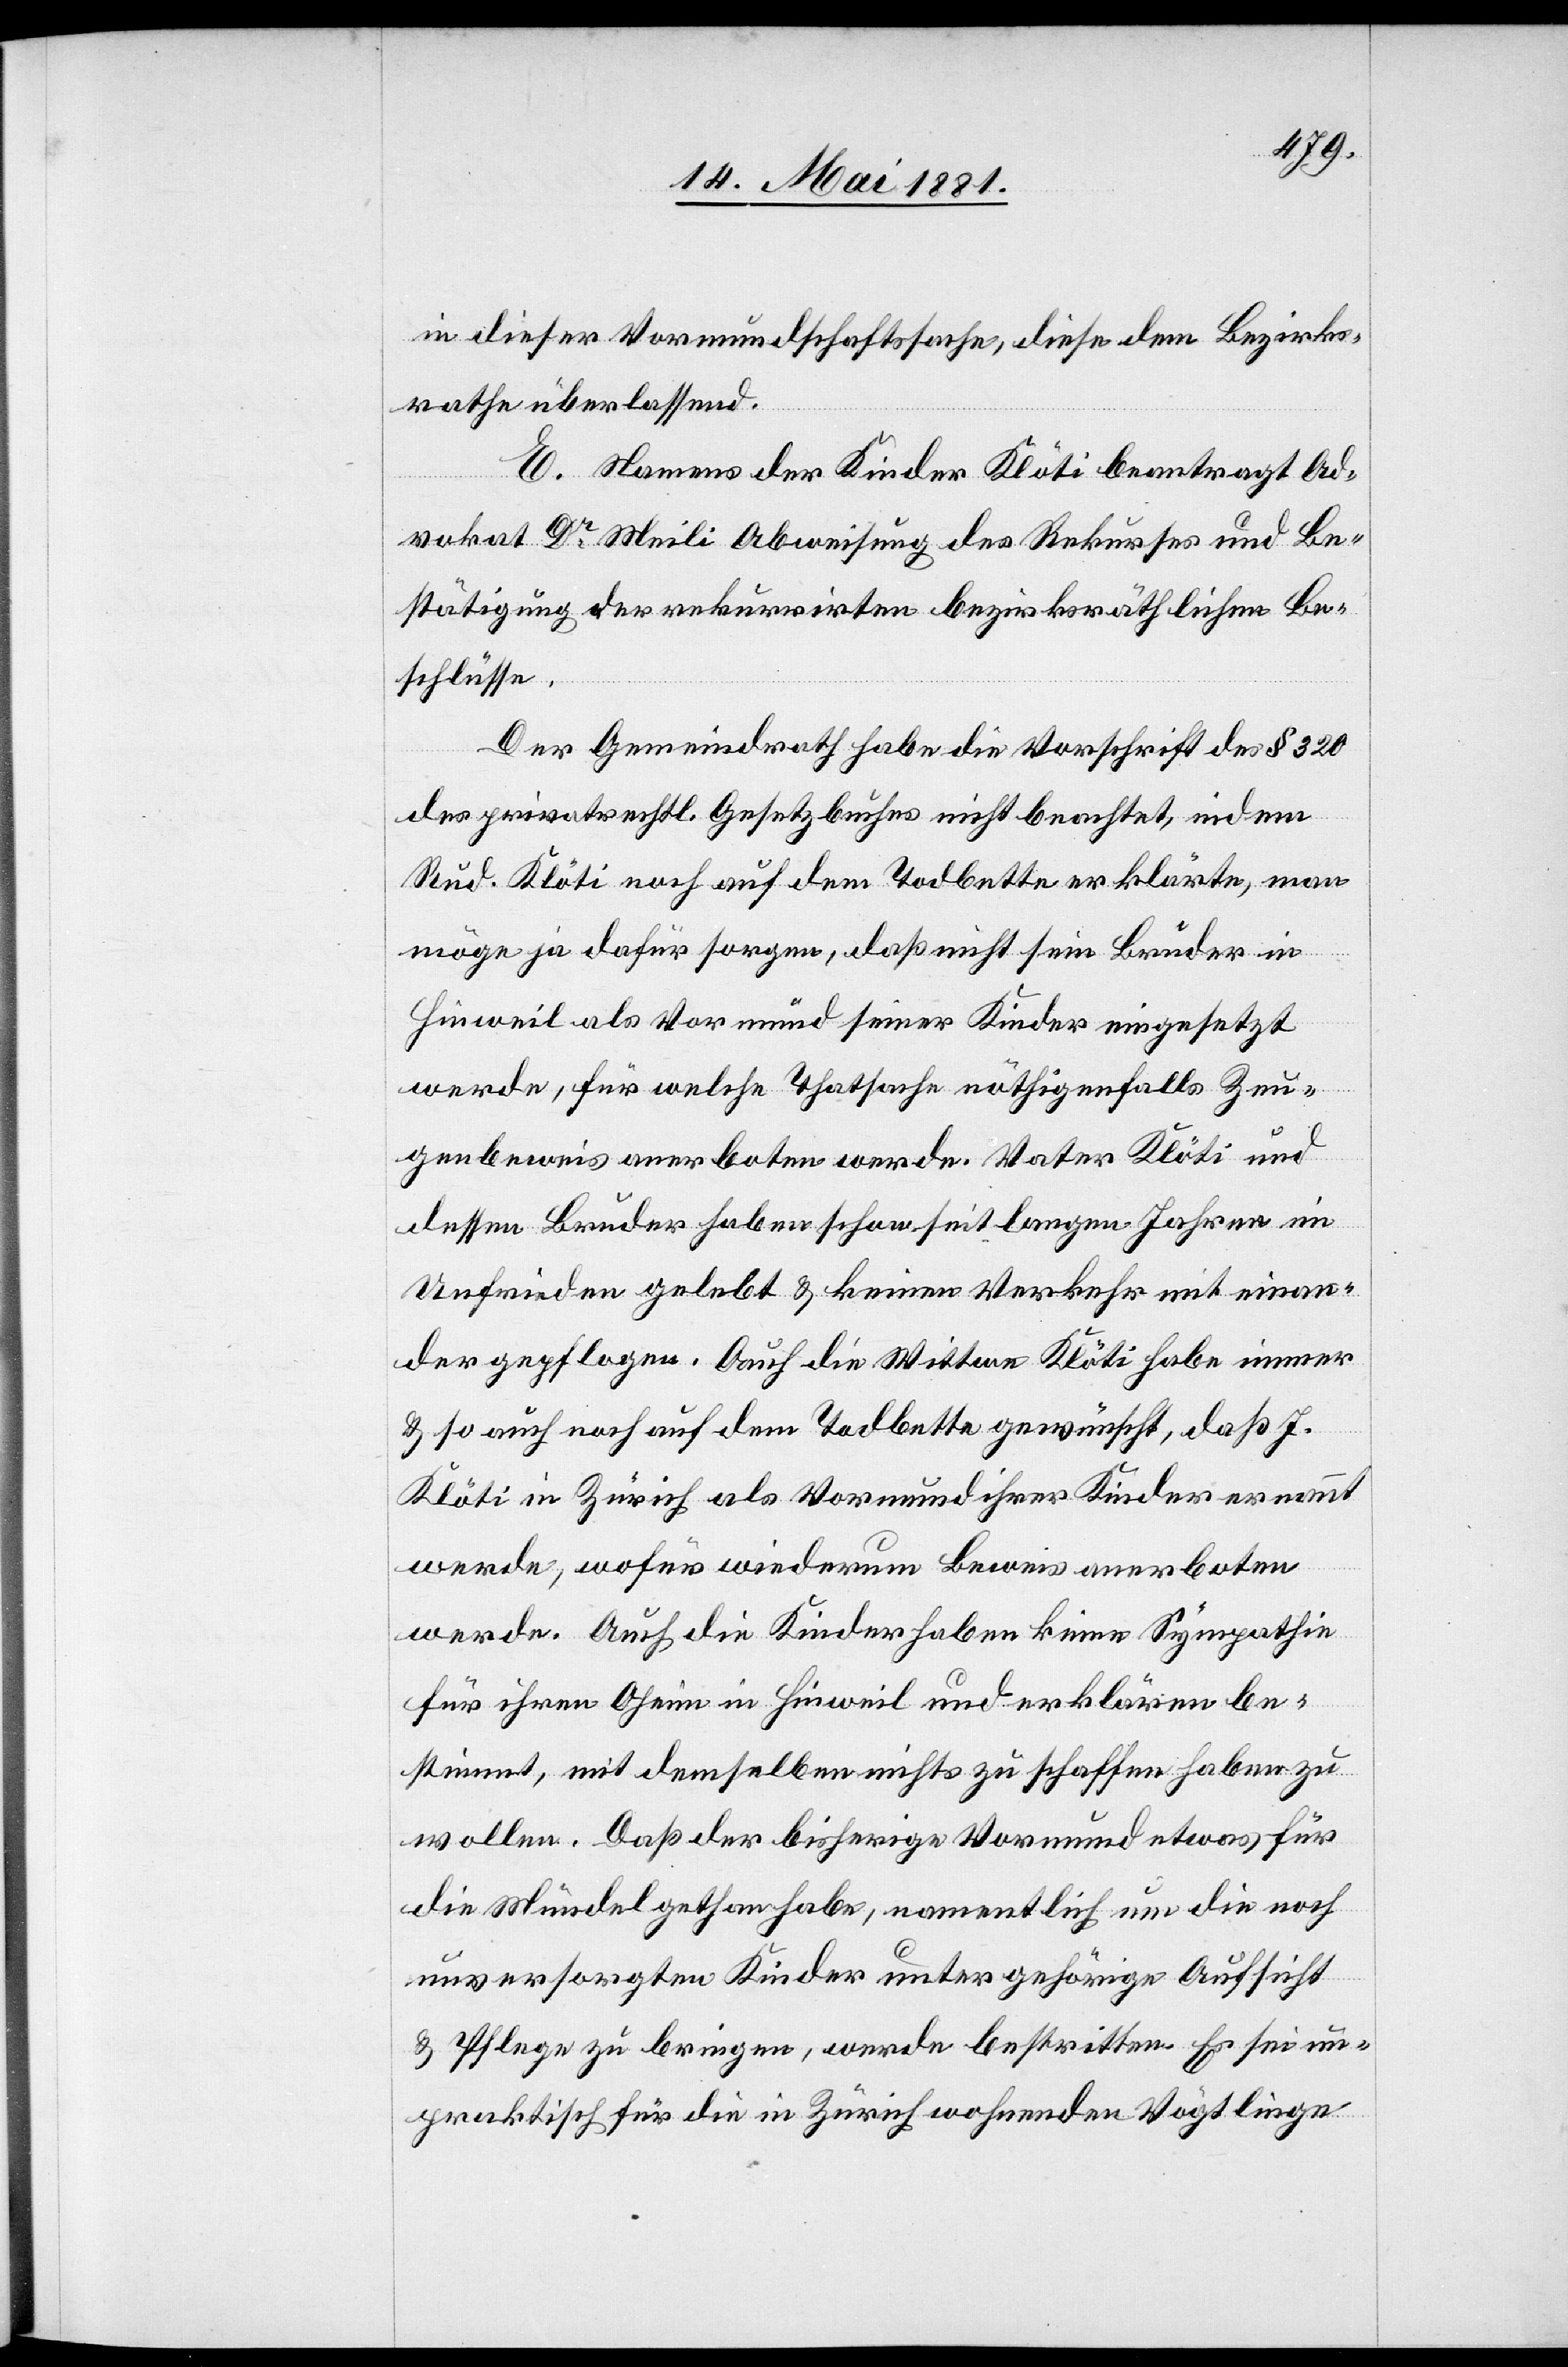
in dieser Vormundschaftssache, diese dem Bezirks¬
rathe überlassend.
E. Namens der Kinder Klöti beantragt Ad¬
vokat Dr Meili Abweisung des Rekurses und Be¬
stätigung der rekurrirten bezirksräthlichen Be¬
schlüssen.
Der Gemeindrath habe die Vorschrift des § 320
des privatrechtl. Gesetzbuches nicht beachtet, indem
Rud. Meili noch auf dem Todbette erklärte, man
möge ja dafür sorgen, daß nicht sein Bruder in
Hinweil als Vormund seiner Kinder eingesetzt
werde, für welche Thatsache nöthigenfalls Zeu¬
genbeweis anerboten werde. Vater Klöti und
dessen Bruder haben schon seit langen Jahren im
Unfrieden gelebt & keinen Verkehr mit einan¬
der gepflogen. Auch die Wittwe Klöti habe immer
& so auch noch auf dem Todbette gewünscht, daß J.
Klöti in Zürich als Vormund ihrer Kinder ernannt
werde, wofür wiederum Beweis anerboten
werde. Auch die Kinder haben keine Sympathie
für ihren Oheim in Hinweil und erklären be¬
stimmt, mit demselben nichts zu schaffen haben zu
wollen. Daß der bisherige Vormund etwas für
die Mündel gethan habe, namentlich um die noch
unversorgten Kinder unter gehörige Aufsicht
& Pflege zu bringen, werde bestritten. Es sei un¬
praktisch für die in Zürich wohnenden Vögtlinge